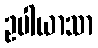
ဥပါယာသာ